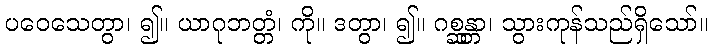
ပဝေသေတွာ၊ ၍။ ယာဂုဘတ္တံ၊ ကို။ ဒတွာ၊ ၍။ ဂစ္ဆန္တာ၊ သွားကုန်သည်ရှိသော်။